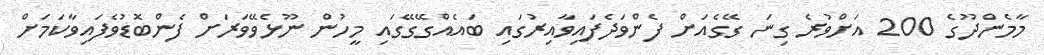
މާމެންދޫގެ 200 އަށްވުރެ ގިނަ ގޭގެއަށް ފެންވަދެފައިވާއިރުގައި ބައެއްގޭގޭގައި މީހުން ނޫޅެވޭވަރަށް ފެންބޮޑުވެފައިވާކަމަށް